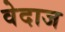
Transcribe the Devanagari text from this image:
वेदाज